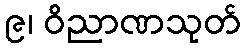
၉၊ ဝိညာဏသုတ်